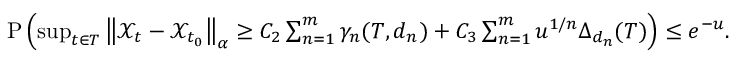
\begin{array} { r } { \mathrm { P } \left( \operatorname* { s u p } _ { t \in T } \left\Vert \mathcal { X } _ { t } - \mathcal { X } _ { t _ { 0 } } \right\Vert _ { \alpha } \geq C _ { 2 } \sum _ { n = 1 } ^ { m } \gamma _ { n } ( T , d _ { n } ) + C _ { 3 } \sum _ { n = 1 } ^ { m } u ^ { 1 / n } \Delta _ { d _ { n } } ( T ) \right) \leq e ^ { - u } . } \end{array}